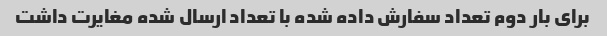
برای بار دوم تعداد سفارش داده شده با تعداد ارسال شده مغایرت داشت